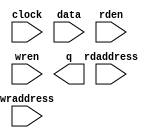
module ram_1 (
	clock,
	data,
	rdaddress,
	rden,
	wraddress,
	wren,
	q);

	input	  clock;
	input	[7:0]  data;
	input	[11:0]  rdaddress;
	input	  rden;
	input	[11:0]  wraddress;
	input	  wren;
	output	[7:0]  q;
`ifndef ALTERA_RESERVED_QIS
// synopsys translate_off
`endif
	tri1	  clock;
	tri1	  rden;
	tri0	  wren;
`ifndef ALTERA_RESERVED_QIS
// synopsys translate_on
`endif

endmodule